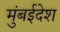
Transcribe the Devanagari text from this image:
मुंबईदेश